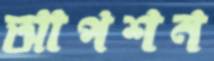
আপশন